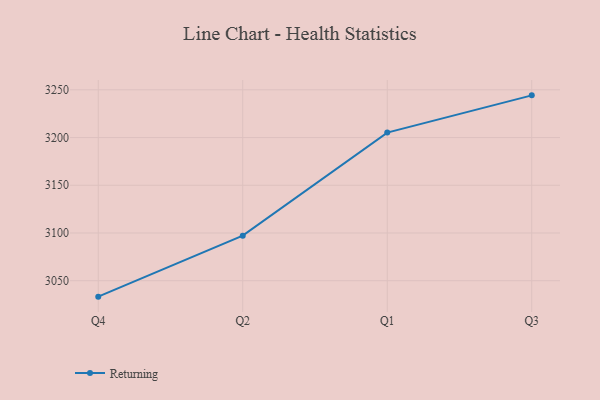
{"axis": {"x": "Quarter", "y": "Budget (USD K)"}, "legend": ["Returning"], "data": [{"x": "Q4", "y": 3033.3, "type": "Returning"}, {"x": "Q2", "y": 3097.2, "type": "Returning"}, {"x": "Q1", "y": 3205.2, "type": "Returning"}, {"x": "Q3", "y": 3244.2, "type": "Returning"}]}